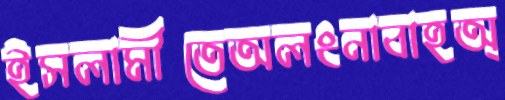
ইসলামীতেঅলংনাবাহঅ্